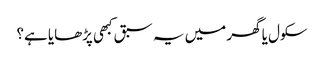
سکول یا گھر میں یہ سبق کبھی پڑھایا ہے؟